Annual administration report of the Civil Veterinary Department, Sind - 1937-1938
Year: 1937
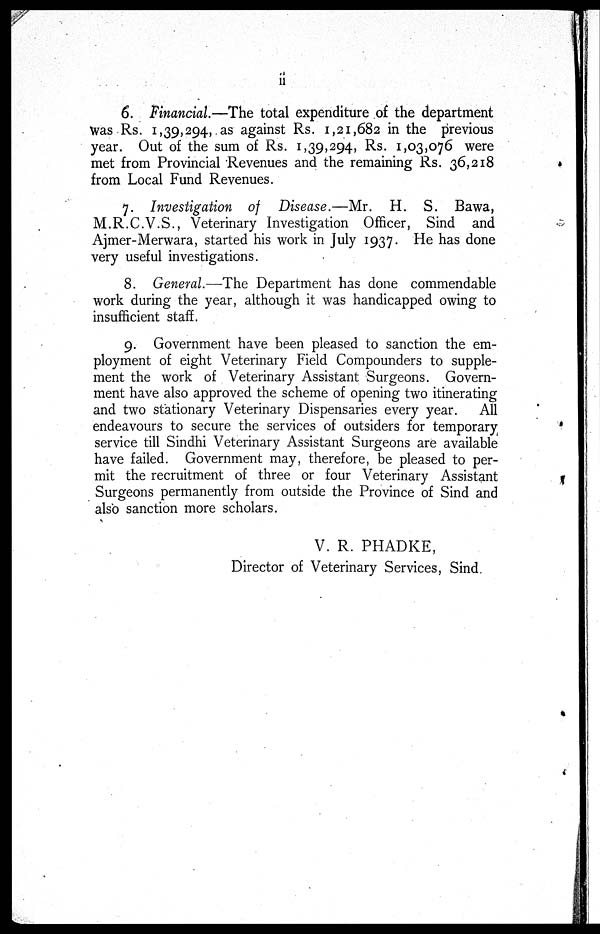
ii
6. Financial.—The total expenditure of the department
was Rs. 1,39,294, as against Rs. 1,21,682 in the previous
year. Out of the sum of Rs. 1,39,294, Rs. 1,03,076 were
met from Provincial Revenues and the remaining Rs. 36,218
from Local Fund Revenues.
7. Investigation of Disease.—Mr.
H. S. Bawa,
M.R.C.V.S., Veterinary Investigation Officer, Sind and
Ajmer-Merwara, started his work in July 1937. He has done
very useful investigations.
8. General.—The Department has done commendable
work during the year, although it was handicapped owing to
insufficient staff.
9. Government have been pleased to sanction the em-
ployment of eight Veterinary Field Compounders to supple-
ment the work of Veterinary Assistant Surgeons. Govern-
ment have also approved the scheme of opening two itinerating
and two stationary Veterinary Dispensaries every year. All
endeavours to secure the services of outsiders for temporary
service till Sindhi Veterinary Assistant Surgeons are available
have failed. Government may, therefore, be pleased to per-
mit the recruitment of three or four Veterinary Assistant
Surgeons permanently from outside the Province of Sind and
also sanction more scholars.
V. R. PHADKE,
Director of Veterinary Services, Sind